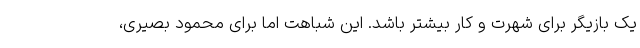
یک بازیگر برای شهرت و کار بیشتر باشد. این شباهت اما برای محمود بصیری،